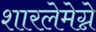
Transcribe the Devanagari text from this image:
शारलेमेग्ने